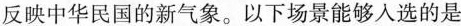
反映中华民国的新气象。以下场景能够人选的是